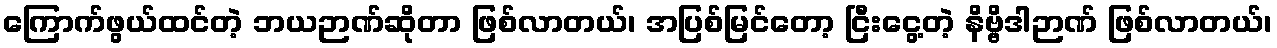
ကြောက်ဖွယ်ထင်တဲ့ ဘယဉာဏ်ဆိုတာ ဖြစ်လာတယ်၊ အပြစ်မြင်တော့ ငြီးငွေ့တဲ့ နိဗ္ဗိဒါဉာဏ် ဖြစ်လာတယ်၊